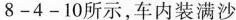
8-4-10所示，车内装满沙